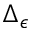
\Delta _ { \epsilon }